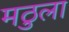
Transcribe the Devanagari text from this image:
मठुला